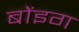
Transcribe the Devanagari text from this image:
बोंइग